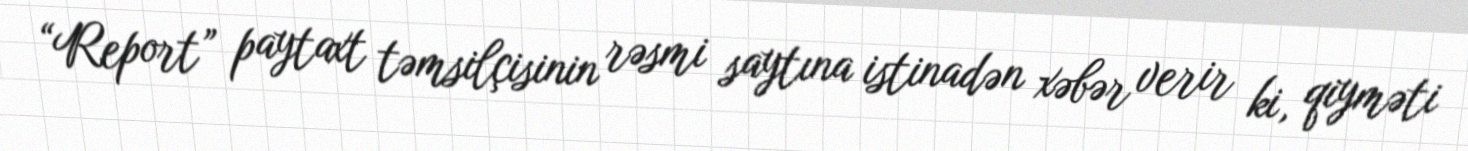
“Report” paytaxt təmsilçisinin rəsmi saytına istinadən xəbər verir ki, qiyməti